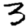
Digit: 3